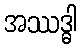
အဿဒ္ဓါ